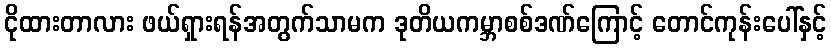
ငိုထားတာလား ဖယ်ရှားရန်အတွက်သာမက ဒုတိယကမ္ဘာစစ်ဒဏ်ကြောင့် တောင်ကုန်းပေါ်နှင့်